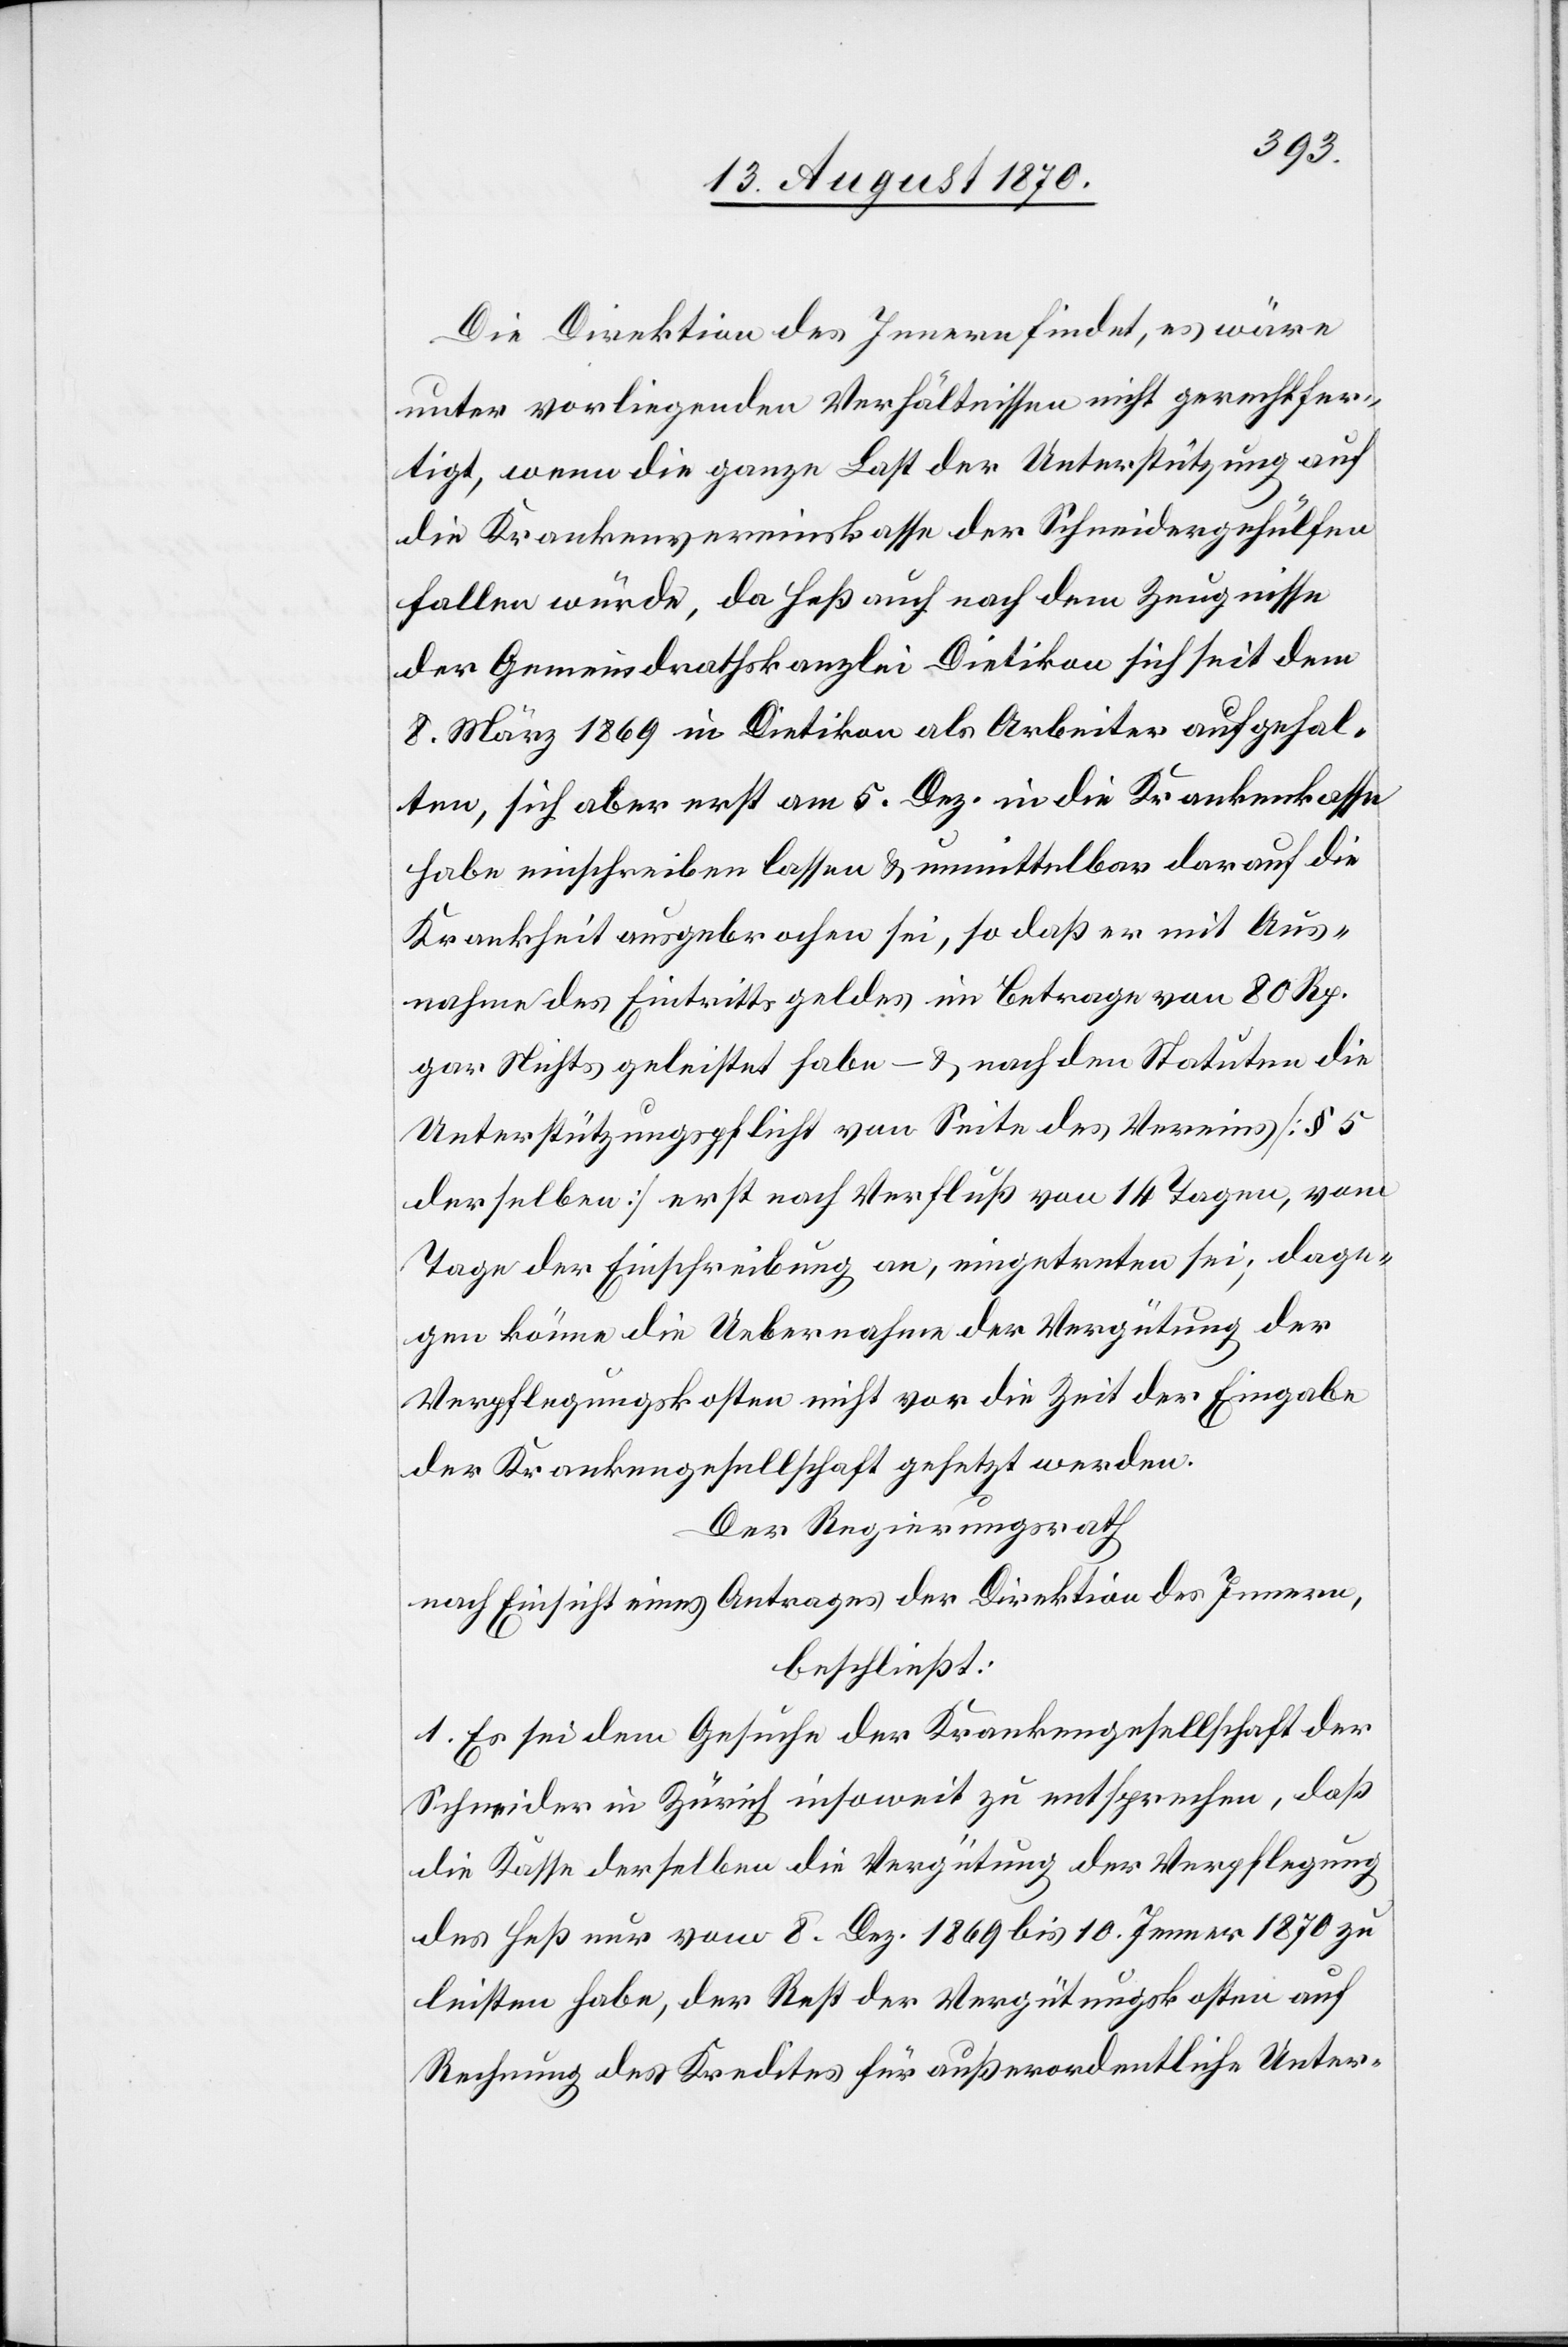
Die Direktion des Innern findet, es wäre
unter vorliegenden Verhältnissen nicht gerechtfer¬
tigt, wenn die ganze Last der Unterstützung auf
die Krankenvereinskasse der Schneidergehülfen
fallen würde, da Heß auch nach dem Zeugnisse
der Gemeindrathskanzlei Dietikon sich seit dem
8. März 1869 in Dietikon als Arbeiter aufgehal¬
ten, sich aber erst am 5. Dez. in die Krankenkasse
habe einschreiben lassen & unmittelbar darauf die
Krankheit ausgebrochen sei, so daß er mit Aus¬
nahme des Eintrittsgeldes im Betrage von 80 Rp.
gar Nichts geleistet habe – & nach den Statuten die
Unterstützungspflicht von Seite des Vereins [§ 5
derselben] erst nach Verfluß von 14 Tagen, vom
Tage der Einschreibung an, eingetreten sei; dage¬
gen könne die Uebernahme der Vergütung der
Verpflegungskosten nicht vor die Zeit der Eingabe
der Krankengesellschaft gesetzt werden.
Der Regierungsrath
nach Einsicht eines Antrages der Direktion des Innern,
beschließt:
1. Es sei dem Gesuche der Krankengesellschaft der
Schneider in Zürich insoweit zu entsprechen, daß
die Kasse derselben die Vergütung der Verpflegung
des Heß nur vom 8. Dez. 1869 bis 10. Jenner 1870 zu
leisten habe, der Rest der Vergütungskosten auf
Rechnung des Kredites für außerordentliche Unter-